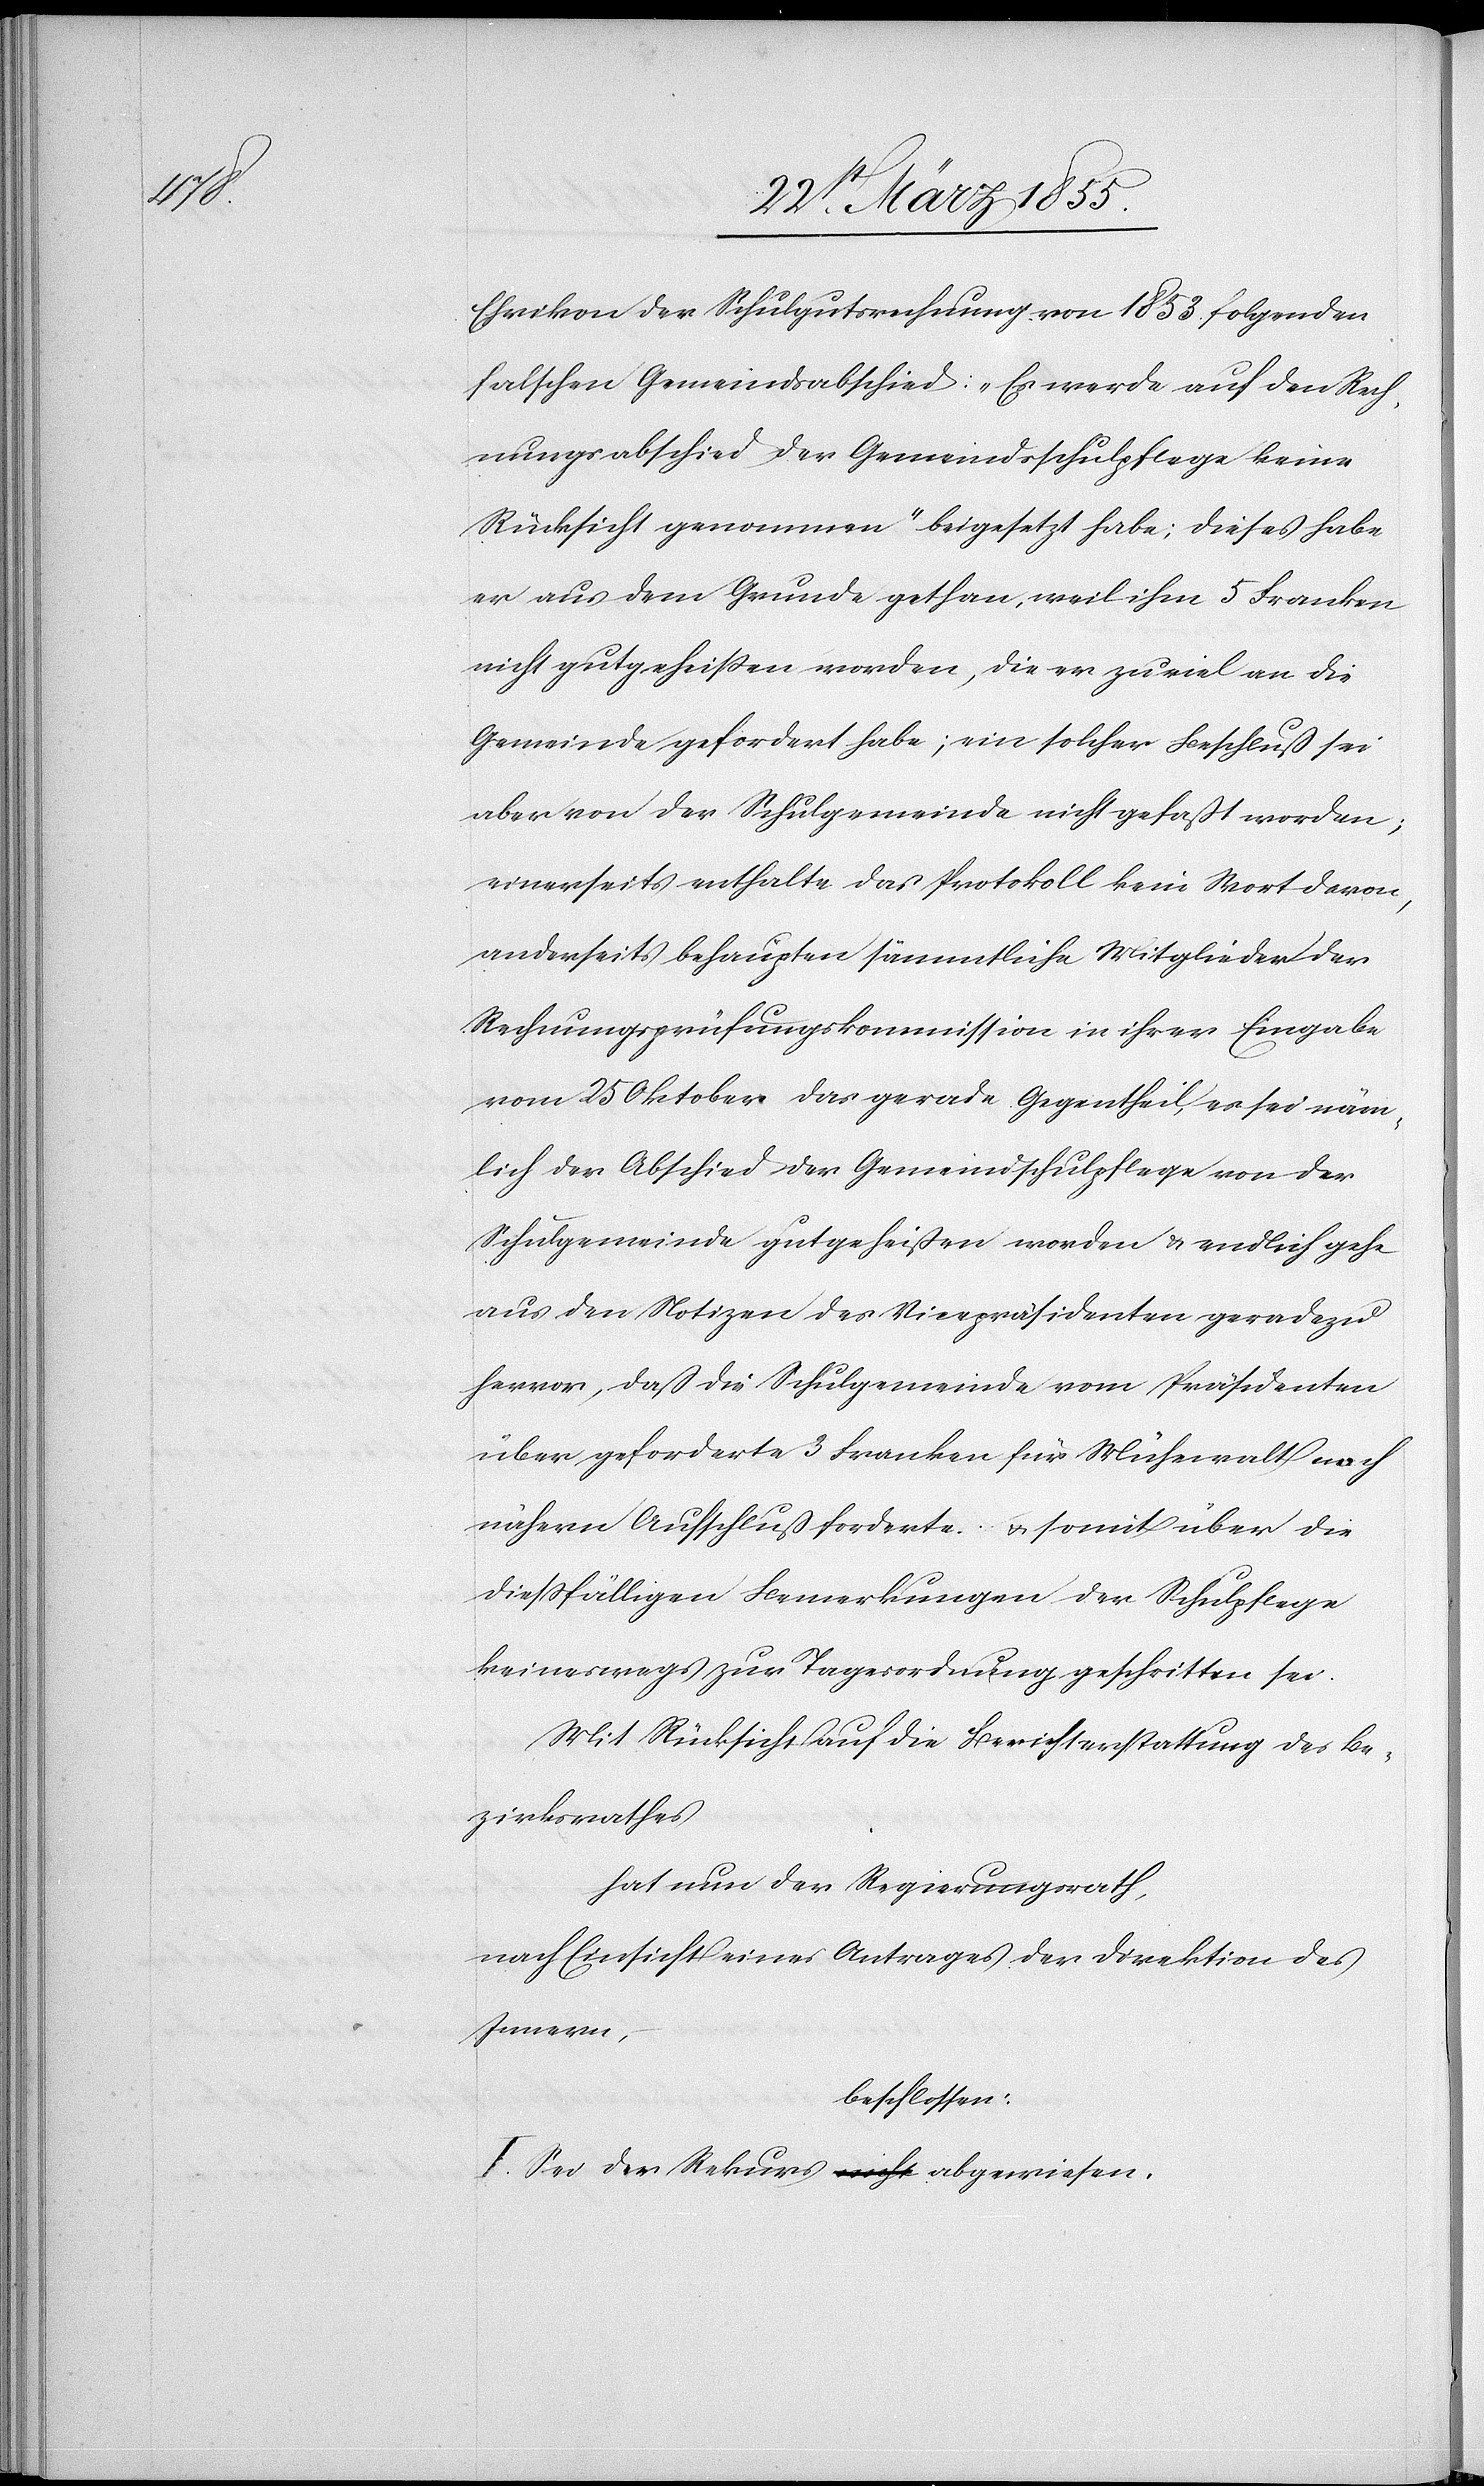
Ehrikon der Schulgutsrechnung von 1853. folgenden
falschen Gemeindsabschied: „Es werde auf den Rech¬
nungsabschied der Gemeindsschulpflege keine
Rücksicht genommen“ beigesetzt habe; dieses habe
er aus dem Grunde gethan, weil ihm 5 Franken
nicht gutgeheissen worden, die er zu viel an die
Gemeinde gefordert habe; ein solcher Beschluß sei
aber von der Schulgemeinde nicht gefaßt worden;
einerseits enthalte das Protokoll kein Wort davon,
anderseits behaupten sämmtliche Mitglieder der
Rechnungsprüfungskommission in ihrer Eingabe
vom 25 Oktober das gerade Gegentheil, es sei näm¬
lich der Abschied der Gemeindschulpflege von der
Schulgemeinde gutgeheißen worden & endlich gehe
aus den Notizen des Vicepräsidenten geradezu
hervor, daß die Schulgemeinde vom Präsidenten
über geforderte 3 Franken für Mühewalt noch
nähern Aufschluß forderte & somit über die
diessfälligen Bemerkungen der Schulpflege
keineswegs zur Tagesordnung geschritten sei.
Mit Rücksicht auf die Berichterstattung des Be¬
zirksrathes
hat nun der Regierungsrath,
nach Einsicht eines Antrages der Direktion des
Innern,
beschlossen:
I. Sei der Rekurs a-nicht-a abgewiesen.